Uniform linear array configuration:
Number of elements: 12
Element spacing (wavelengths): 1
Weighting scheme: cosine
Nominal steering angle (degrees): -30
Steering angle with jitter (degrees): -31.236
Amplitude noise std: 0.05
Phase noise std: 0.05

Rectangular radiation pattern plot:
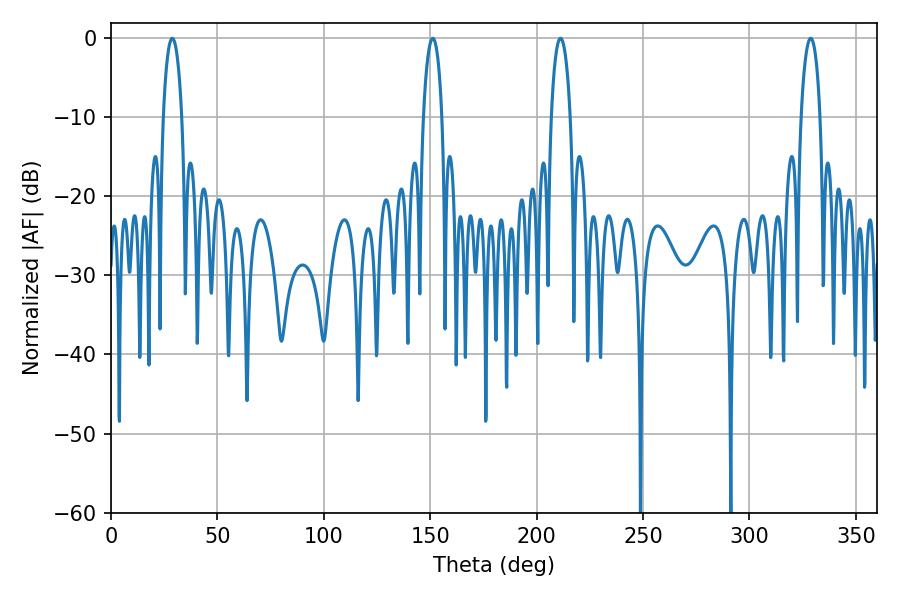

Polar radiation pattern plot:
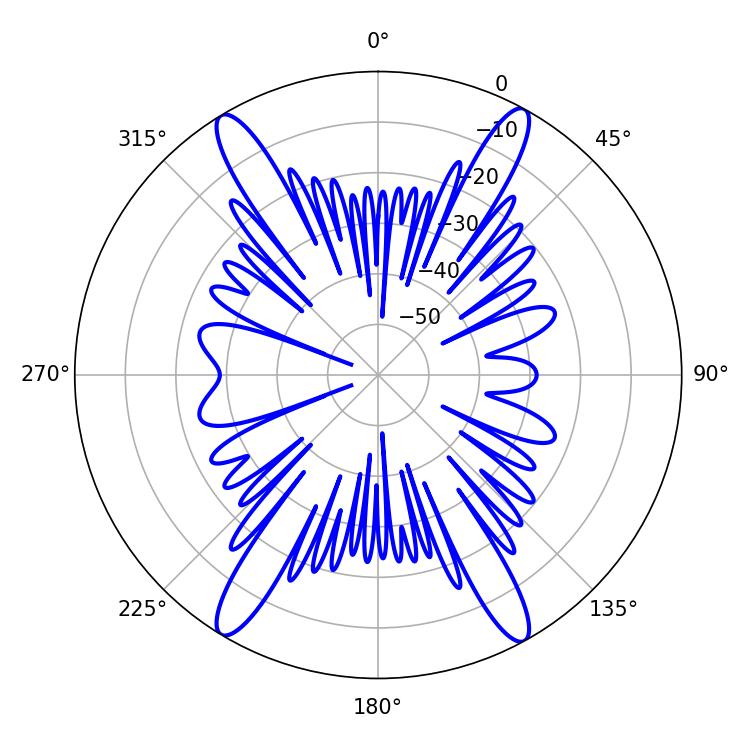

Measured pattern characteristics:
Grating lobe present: TRUE
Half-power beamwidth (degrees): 5.04
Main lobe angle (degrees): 151.2